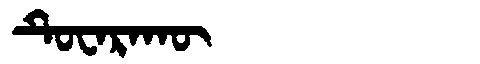
Manchu: ᡨᡠᠸᠠᡵᠠᡴᡡ
Romanization: TUWARAKŪ